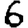
Digit: 6